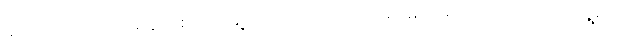
မပျင်းကြပါဘူး။ တစ်ခါတစ်လေ မြို့ထဲက ဟင်းကောင်းများများ မပါတာကိုသိယင် “ရွှေမိုး”လို့